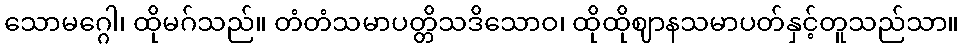
သောမဂ္ဂေါ၊ ထိုမဂ်သည်။ တံတံသမာပတ္တိသဒိသောဝ၊ ထိုထိုဈာနသမာပတ်နှင့်တူသည်သာ။